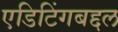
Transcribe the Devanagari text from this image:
एडिटिंगबद्दल